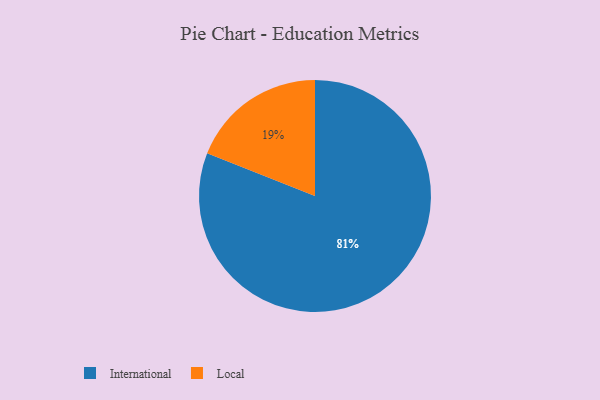
{"axis": {"x": "Category", "y": "Percentage"}, "legend": ["International", "Local"], "data": [{"x": "Local", "y": 19, "type": "Local"}, {"x": "International", "y": 81, "type": "International"}]}